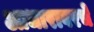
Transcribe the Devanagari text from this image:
आधारावरचे